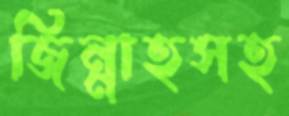
জিন্নাহসহ